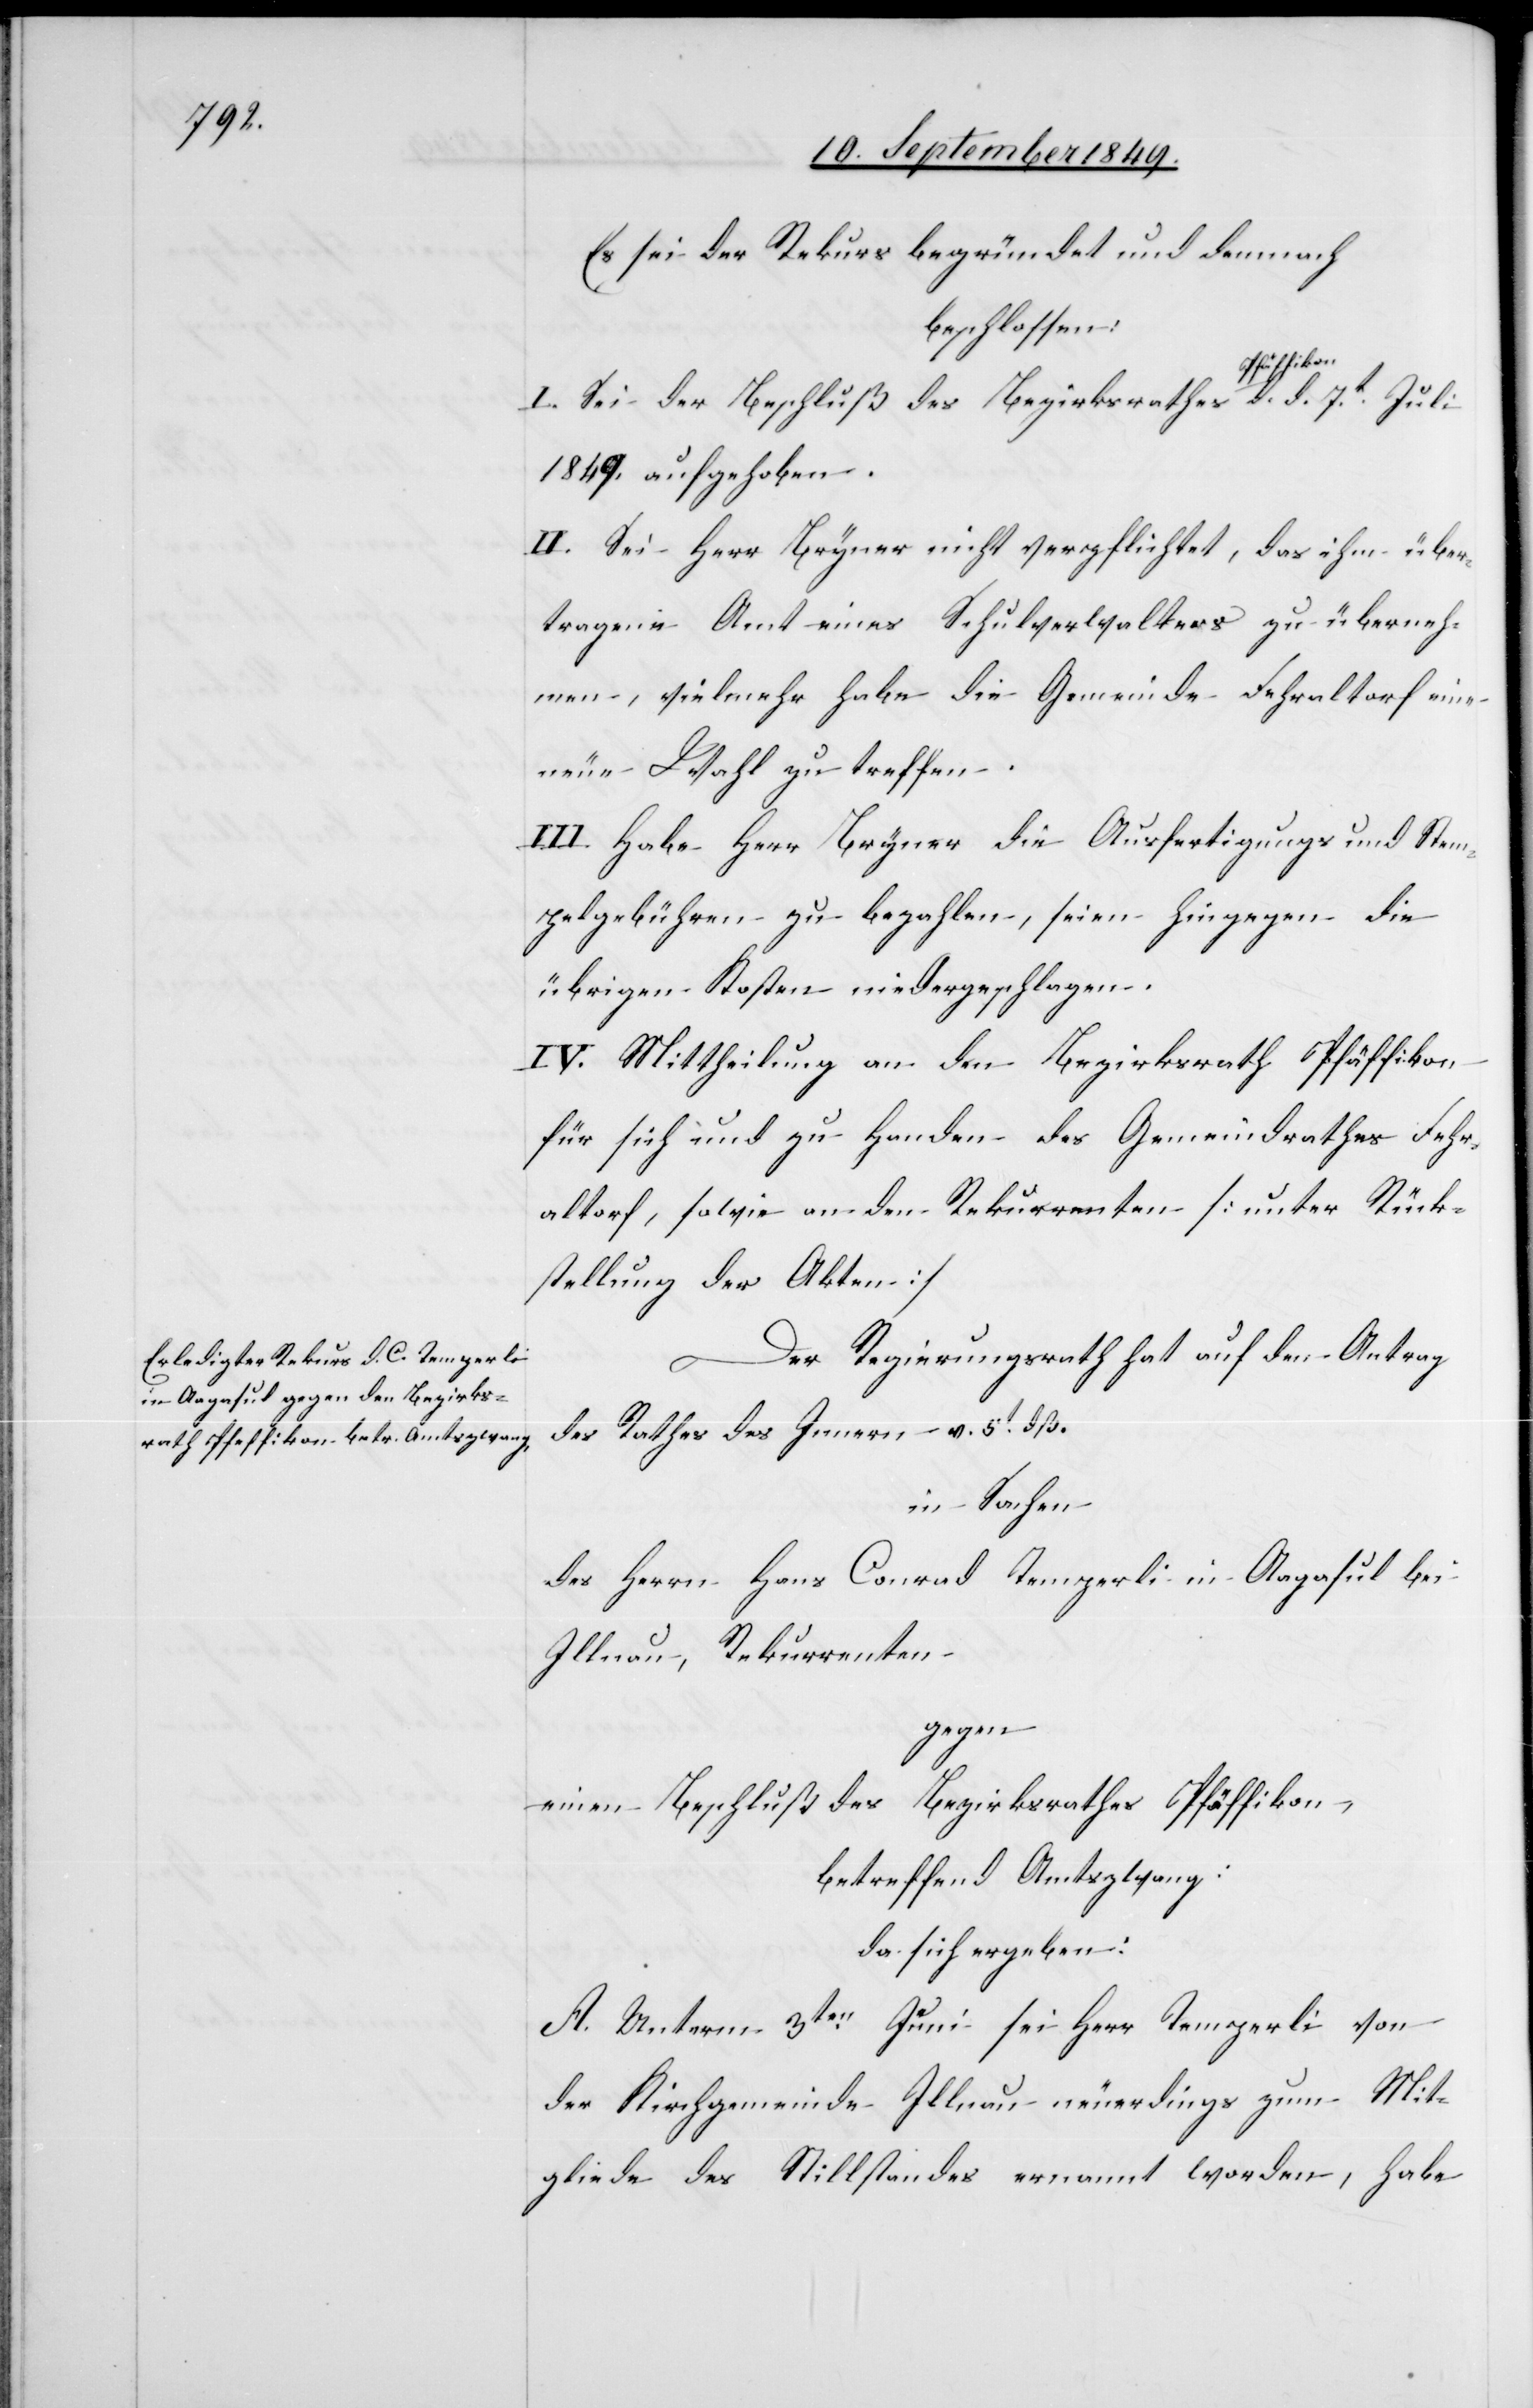
Es sei der Rekurs begründet und demnach
beschlossen:
1849. aufgehoben.
II. Sei Herr Bryner nicht verpflichtet, das ihm über¬
tragene Amt eines Schulverwalters zu überneh¬
men, vielmehr habe die Gemeinde Fehraltorf eine
neue Wahl zu treffen.
III. Habe Herr Bryner die Ausfertigungs[-] und Stem¬
pelgebühren zu bezahlen, seien hingegen die
übrigen Kosten niedergeschlagen.
IV. Mittheilung an den Bezirksrath Pfäffikon
für sich und zu Handen des Gemeindrathes Fehr¬
altorf, sowie an den Rekurrenten. [unter Rück¬
stellung der Akten]
Der Regierungsrath hat auf den Antrag
des Rathes des Innern v. 5t dß.
in Sachen
des Herrn Hans Conrad Temperli in Aagasul bei
Illnau, Rekurrenten
gegen
einen Beschluß des Bezirksrathes Pfäffikon
betreffend Amtszwang:
da sich ergeben:
A. Unterm 3ten Juni sei Herr Temperli von
der Kirchgemeinde Illnau neuerdings zum Mit¬
gliede des Stillstandes ernannt worden, habe